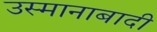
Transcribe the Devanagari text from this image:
उस्मानाबादी